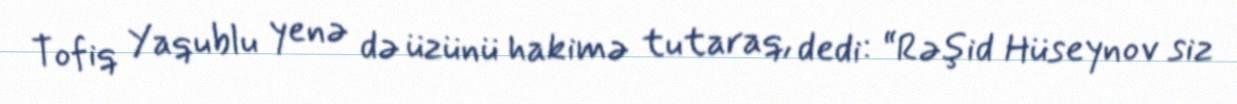
Tofiq Yaqublu yenə də üzünü hakimə tutaraq, dedi: “Rəşid Hüseynov siz